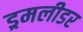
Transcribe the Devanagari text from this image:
ड्रमलीडर